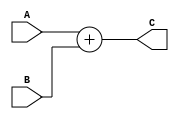
module adder(
  input [63:0] A,B,
  output [63:0] C
);
  
  assign C = A+B;
  
endmodule